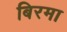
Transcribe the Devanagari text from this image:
बिरमा